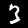
Label: 3